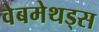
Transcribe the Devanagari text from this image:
वेबमेथड्स